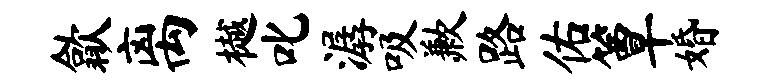
歙离樾叱潺吸歉路佑簟婚